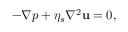
- \nabla p + \eta _ { s } \nabla ^ { 2 } { \bf { u } } = 0 ,